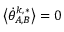
\big \langle \dot { \theta } _ { A , B } ^ { k , * } \big \rangle = 0